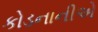
કોડનાનીએ